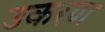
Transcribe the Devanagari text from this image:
उकरण